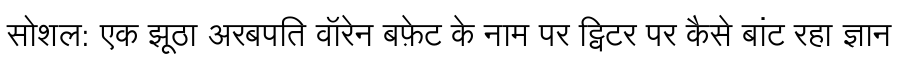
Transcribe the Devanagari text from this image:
सोशल: एक झूठा अरबपति वॉरेन बफ़ेट के नाम पर ट्विटर पर कैसे बांट रहा ज्ञान